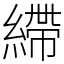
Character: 𦄂